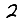
Digit: 2